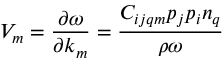
V _ { m } = \frac { \partial \omega } { \partial k _ { m } } = \frac { C _ { i j q m } p _ { j } p _ { i } n _ { q } } { \rho \omega }